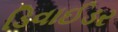
ડિવાઈડર